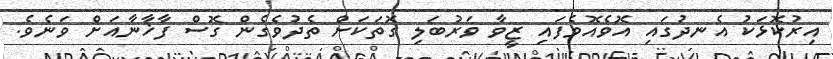
އިރުކޮޅަކު އެނދުގައި އޮވެއޮވެފައި ޒީވާ ވަރުބަލި ގޮތަކަށް ތެދުވެގެން ގޮސް ފާޚާނާއަށް ވަނެވެ.